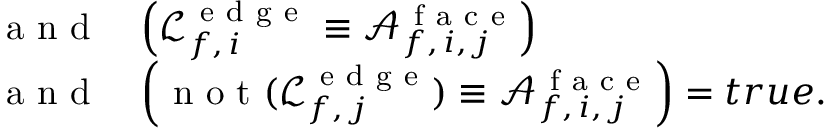
\begin{array} { r l } { \mathrm { ~ a ~ n ~ d ~ } } & { \left( \mathcal { L } _ { f , \, i } ^ { \mathrm { ~ e ~ d ~ g ~ e ~ } } \equiv \mathcal { A } _ { f , \, i , \, j } ^ { \mathrm { ~ f ~ a ~ c ~ e ~ } } \right) } \\ { \mathrm { ~ a ~ n ~ d ~ } } & { \left( \mathrm { ~ n ~ o ~ t ~ } ( \mathcal { L } _ { f , \, j } ^ { \mathrm { ~ e ~ d ~ g ~ e ~ } } ) \equiv \mathcal { A } _ { f , \, i , \, j } ^ { \mathrm { ~ f ~ a ~ c ~ e ~ } } \right) = t r u e . } \end{array}